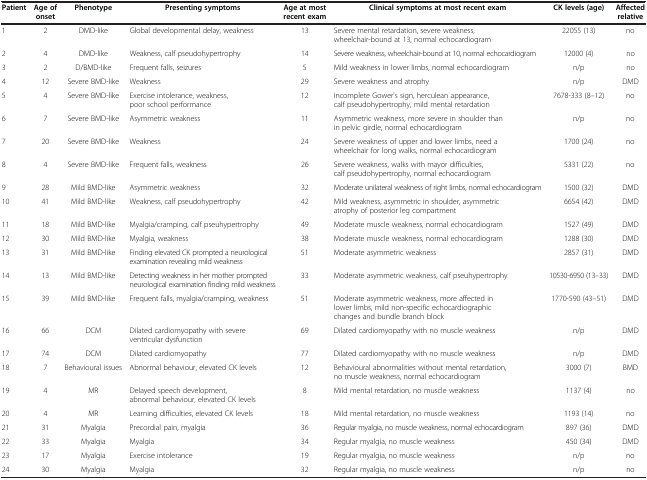
<table><thead><tr><td><b>Patient</b></td><td><b>Age of onset</b></td><td><b>Phenotype</b></td><td><b>Presenting symptoms</b></td><td><b>Age at most recent exam</b></td><td><b>Clinical symptoms at most recent exam</b></td><td><b>CK levels (age)</b></td><td><b>Affected relative</b></td></tr></thead><tbody><tr><td>1</td><td>2</td><td>DMD-like</td><td>Global developmental delay, weakness</td><td>13</td><td>Severe mental retardation, severe weakness, wheelchair-bound at 13, normal echocardiogram</td><td>22055 (13)</td><td>no</td></tr><tr><td>2</td><td>4</td><td>DMD-like</td><td>Weakness, calf pseudohypertrophy</td><td>14</td><td>Severe weakness, wheelchair-bound at 10, normal echocardiogram</td><td>12000 (4)</td><td>no</td></tr><tr><td>3</td><td>2</td><td>D/BMD-like</td><td>Frequent falls, seizures</td><td>5</td><td>Mild weakness in lower limbs, normal echocardiogram</td><td>n/p</td><td>no</td></tr><tr><td>4</td><td>12</td><td>Severe BMD-like</td><td>Weakness</td><td>29</td><td>Severe weakness and atrophy</td><td>n/p</td><td>DMD</td></tr><tr><td>5</td><td>4</td><td>Severe BMD-like</td><td>Exercise intolerance, weakness, poor school performance</td><td>12</td><td>Incomplete Gower&#x27;s sign, herculean appearance, calf pseudohypertrophy, mild mental retardation</td><td>7678-333 (8–12)</td><td>no</td></tr><tr><td>6</td><td>7</td><td>Severe BMD-like</td><td>Asymmetric weakness</td><td>11</td><td>Asymmetric weakness, more severe in shoulder than in pelvic girdle, normal echocardiogram</td><td>n/p</td><td>no</td></tr><tr><td>7</td><td>20</td><td>Severe BMD-like</td><td>Weakness</td><td>24</td><td>Severe weakness of upper and lower limbs, need a wheelchair for long walks, normal echocardiogram</td><td>1700 (24)</td><td>no</td></tr><tr><td>8</td><td>4</td><td>Severe BMD-like</td><td>Frequent falls, weakness</td><td>26</td><td>Severe weakness, walks with mayor difficulties, calf pseudohypertrophy, normal echocardiogram</td><td>5331 (22)</td><td>no</td></tr><tr><td>9</td><td>28</td><td>Mild BMD-like</td><td>Asymmetric weakness</td><td>32</td><td>Moderate unilateral weakness of right limbs, normal echocardiogram</td><td>1500 (32)</td><td>DMD</td></tr><tr><td>10</td><td>41</td><td>Mild BMD-like</td><td>Weakness, calf pseudohypertrophy</td><td>42</td><td>Mild weakness, asymmetric in shoulder, asymmetric atrophy of posterior leg compartment</td><td>6654 (42)</td><td>DMD</td></tr><tr><td>11</td><td>18</td><td>Mild BMD-like</td><td>Myalgia/cramping, calf pseuhypertrophy</td><td>49</td><td>Moderate muscle weakness, normal echocardiogram</td><td>1527 (49)</td><td>DMD</td></tr><tr><td>12</td><td>30</td><td>Mild BMD-like</td><td>Myalgia, weakness</td><td>38</td><td>Moderate muscle weakness, normal echocardiogram</td><td>1288 (30)</td><td>DMD</td></tr><tr><td>13</td><td>31</td><td>Mild BMD-like</td><td>Finding elevated CK prompted a neurological examination revealing mild weakness</td><td>51</td><td>Moderate asymmetric weakness</td><td>2857 (31)</td><td>DMD</td></tr><tr><td>14</td><td>13</td><td>Mild BMD-like</td><td>Detecting weakness in her mother prompted neurological examination finding mild weakness</td><td>33</td><td>Moderate asymmetric weakness, calf pseuhypertrophy</td><td>10530-6950 (13–33)</td><td>DMD</td></tr><tr><td>15</td><td>39</td><td>Mild BMD-like</td><td>Frequent falls, myalgia/cramping, weakness</td><td>51</td><td>Moderate asymmetric weakness, more affected in lower limbs, mild non-specific echocardiographic changes and bundle branch block</td><td>1770-590 (43–51)</td><td>DMD</td></tr><tr><td>16</td><td>66</td><td>DCM</td><td>Dilated cardiomyopathy with severe ventricular dysfunction</td><td>69</td><td>Dilated cardiomyopathy with no muscle weakness</td><td>n/p</td><td>DMD</td></tr><tr><td>17</td><td>74</td><td>DCM</td><td>Dilated cardiomyopathy</td><td>77</td><td>Dilated cardiomyopathy with no muscle weakness</td><td>n/p</td><td>DMD</td></tr><tr><td>18</td><td>7</td><td>Behavioural issues</td><td>Abnormal behaviour, elevated CK levels</td><td>12</td><td>Behavioural abnormalities without mental retardation, no muscle weakness, normal echocardiogram</td><td>3000 (7)</td><td>BMD</td></tr><tr><td>19</td><td>4</td><td>MR</td><td>Delayed speech development, abnormal behaviour, elevated CK levels</td><td>8</td><td>Mild mental retardation, no muscle weakness</td><td>1137 (4)</td><td>no</td></tr><tr><td>20</td><td>4</td><td>MR</td><td>Learning difficulties, elevated CK levels</td><td>18</td><td>Mild mental retardation, no muscle weakness</td><td>1193 (14)</td><td>no</td></tr><tr><td>21</td><td>31</td><td>Myalgia</td><td>Precordial pain, myalgia</td><td>36</td><td>Regular myalgia, no muscle weakness, normal echocardiogram</td><td>897 (36)</td><td>DMD</td></tr><tr><td>22</td><td>33</td><td>Myalgia</td><td>Myalgia</td><td>34</td><td>Regular myalgia, no muscle weakness</td><td>450 (34)</td><td>DMD</td></tr><tr><td>23</td><td>17</td><td>Myalgia</td><td>Exercise intolerance</td><td>19</td><td>Regular myalgia, no muscle weakness</td><td>n/p</td><td>no</td></tr><tr><td>24</td><td>30</td><td>Myalgia</td><td>Myalgia</td><td>32</td><td>Regular myalgia, no muscle weakness</td><td>n/p</td><td>no</td></tr></tbody></table>